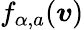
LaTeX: f_{\alpha,a}(\boldsymbol{v})